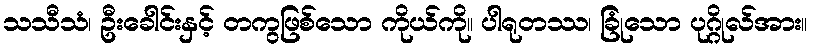
သသီသံ၊ ဦးခေါင်းနှင့် တကွဖြစ်သော ကိုယ်ကို။ ပါရုတဿ၊ ခြုံသော ပုဂ္ဂိုလ်အား။